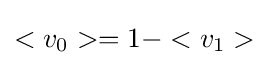
<v_{0}>=1-<v_{1}>